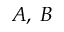
A , \; B